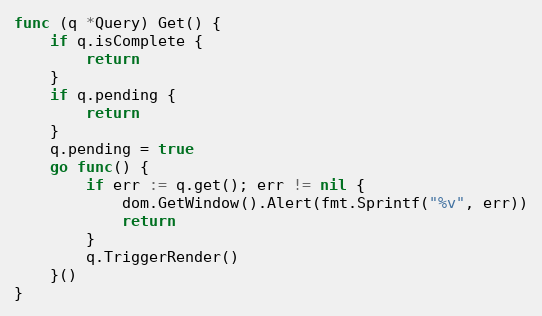
Language: Go
func (q *Query) Get() {
	if q.isComplete {
		return
	}
	if q.pending {
		return
	}
	q.pending = true
	go func() {
		if err := q.get(); err != nil {
			dom.GetWindow().Alert(fmt.Sprintf("%v", err))
			return
		}
		q.TriggerRender()
	}()
}